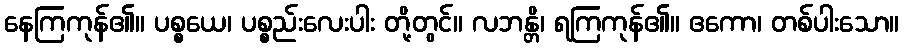
နေကြကုန်၏။ ပစ္စယေ၊ ပစ္စည်းလေးပါး တို့တွင်။ လဘန္တိ၊ ရကြကုန်၏။ ဧကော၊ တစ်ပါးသော။